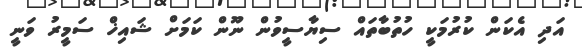
އަދި އެކަން ކުރުމަކީ ހުތުބާތައް ސިޔާސީވުން ނޫން ކަމަށް ޝައިޚް ސަމީރު ވަނީ